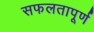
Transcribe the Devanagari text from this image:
सफलतापूर्ण